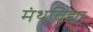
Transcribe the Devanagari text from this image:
मंथविद्या